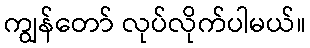
ကျွန်တော် လုပ်လိုက်ပါမယ်။